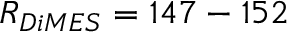
R _ { D i M E S } = 1 4 7 - 1 5 2